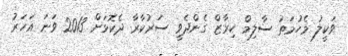
ވަކީލު މެހުމަތު ސާލިމް ކިރާޒް ގެންދެވީ ސަރުކާރާ ދެކޮޅަށް 2013 ވަނަ އަަހަރު